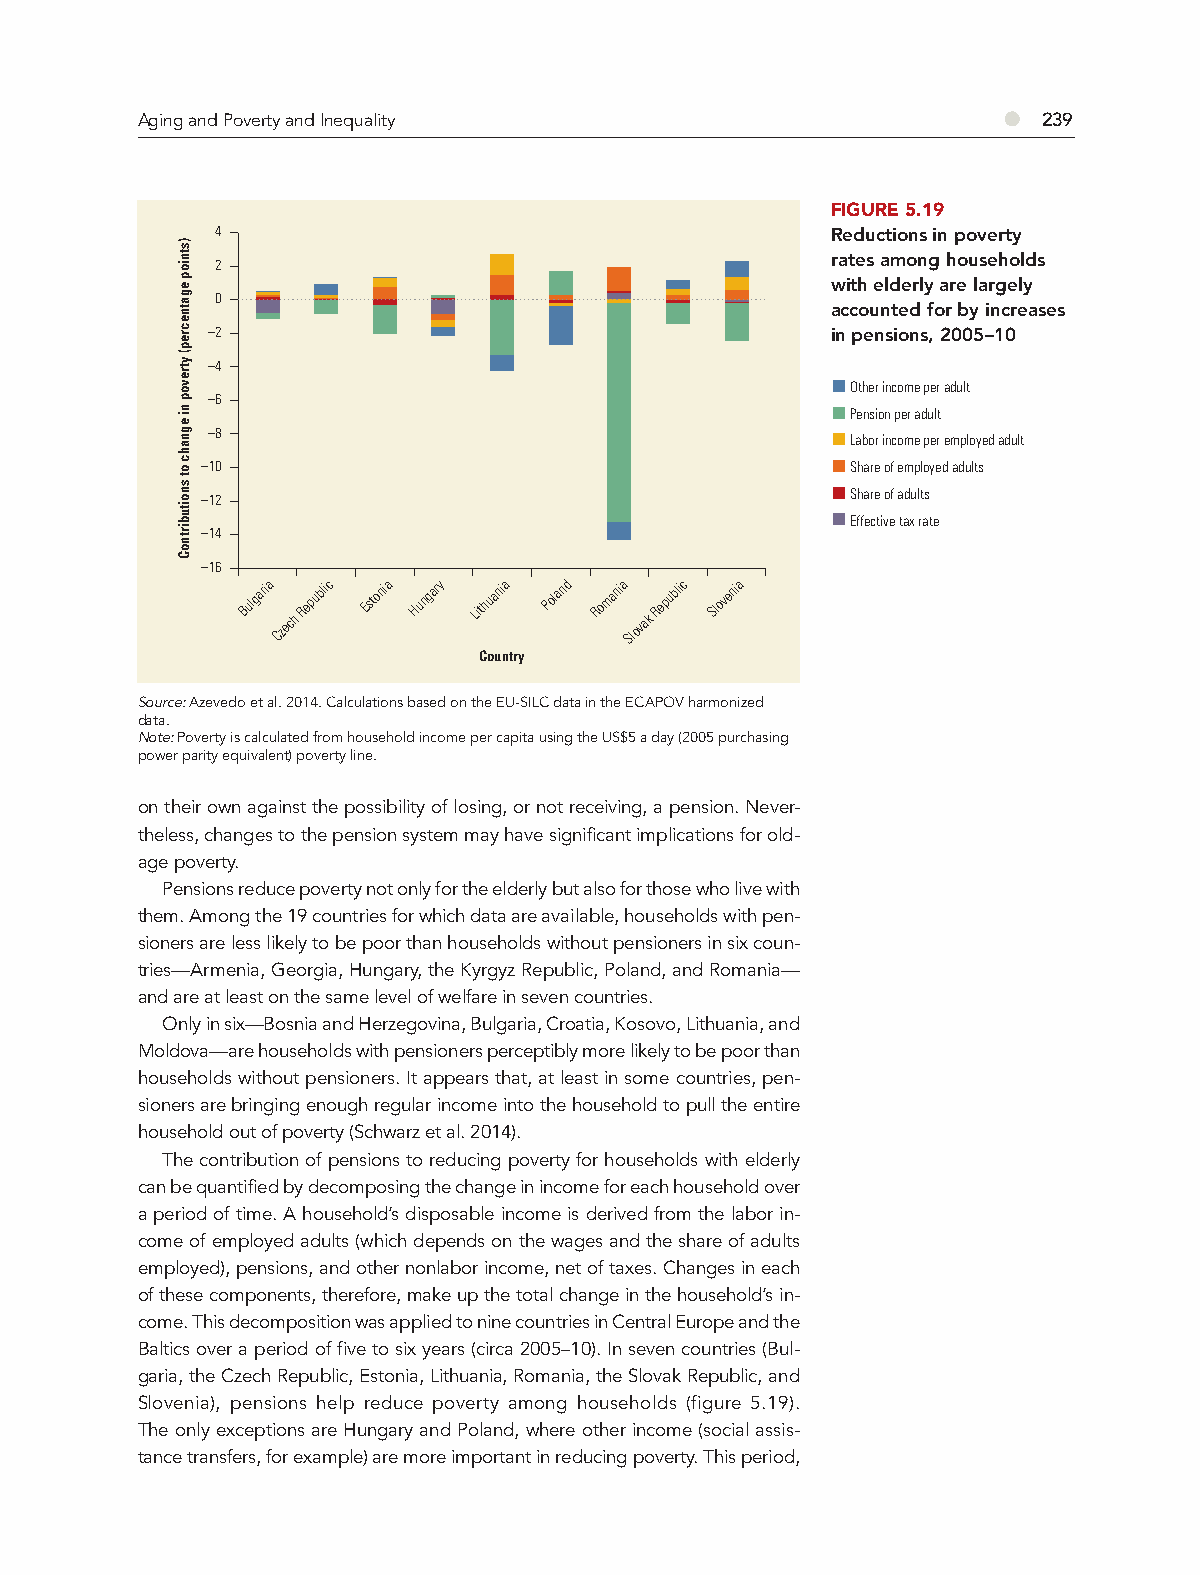
Aging and Poverty and Inequality                         ●  239
 FIGURE 5.19
 4                                        Reductions in poverty
 rates among households
 2
 with elderly are largely
 0
 accounted for by increases
 –2                                       in pensions, 2005–10
 –4
 Other income per adult
 –6
 Pension per adult
 –8
 Labor income per employed adult
 –10                                        Share of employed adults
 –12                                        Share of adults
 Effective tax rate
 –14
 –16
 Bulgaria
 Czech
 Republic Estonia Hungary Lithuania Poland Romania
 Slovak
 Republic
 Slove
 nia
 Country
 Source: Azevedo et al. 2014. Calculations based on the EU-SILC data in the ECAPOV harmonized
 data.
 Note: Poverty is calculated from household income per capita using the US$5 a day (2005 purchasing
 power parity equivalent) poverty line.
 on their own against the possibility of losing, or not receiving, a pension. Never-
 theless, changes to the pension system may have significant implications for old-
 age poverty.
 Pensions reduce poverty not only for the elderly but also for those who live with
 them. Among the 19 countries for which data are available, households with pen-
 sioners are less likely to be poor than households without pensioners in six coun-
 tries—Armenia, Georgia, Hungary, the Kyrgyz Republic, Poland, and Romania—
 and are at least on the same level of welfare in seven countries.
 Only in six—Bosnia and Herzegovina, Bulgaria, Croatia, Kosovo, Lithuania, and
 Moldova—are households with pensioners perceptibly more likely to be poor than
 households without pensioners. It appears that, at least in some countries, pen-
 sioners are bringing enough regular income into the household to pull the entire
 household out of poverty (Schwarz et al. 2014).
 The contribution of pensions to reducing poverty for households with elderly
 can be quantified by decomposing the change in income for each household over
 a period of time. A household’s disposable income is derived from the labor in-
 come of employed adults (which depends on the wages and the share of adults
 employed), pensions, and other nonlabor income, net of taxes. Changes in each
 of these components, therefore, make up the total change in the household’s in-
 come. This decomposition was applied to nine countries in Central Europe and the
 Baltics over a period of five to six years (circa 2005–10). In seven countries (Bul-
 garia, the Czech Republic, Estonia, Lithuania, Romania, the Slovak Republic, and
 Slovenia), pensions help reduce poverty among households (figure 5.19).
 The only exceptions are Hungary and Poland, where other income (social assis-
 tance transfers, for example) are more important in reducing poverty. This period,
 )stniop
 egatnecrep(
 ytrevop
 ni
 egnahc
 ot
 snoitubirtnoC